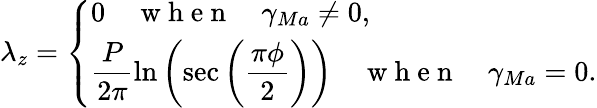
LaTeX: \lambda_{z}=\left\{ \begin{array}{ll}{0\quad\mathrm{~w~h~e~n~}\quad\gamma_{Ma}\neq 0,}\\ {\displaystyle\frac{P}{2\pi}\ln\left(\sec\left(\frac{\pi\phi}{2}\right)\right)\quad\mathrm{~w~h~e~n~}\quad\gamma_{Ma}=0.}\end{array}\right.